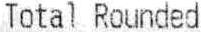
TOTAL ROUNDED